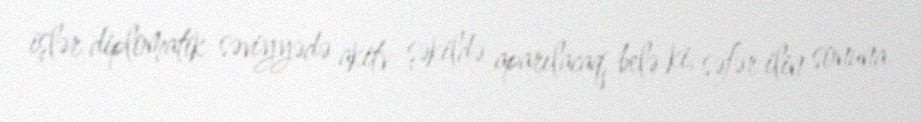
işlər diplomatik səviyyədə akitv şəkildə aparılacaq, belə ki, səfər ilin sonuna